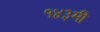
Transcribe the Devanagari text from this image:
१४३मी